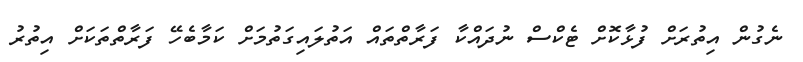
ނެގުން އިތުރަށް ފުޅާކޮށް ޓެކްސް ނުދައްކާ ފަރާތްތައް އަތުލައިގަތުމަށް ކަމާބެހޭ ފަރާތްތަކަށް އިތުރު